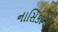
નાસિકાના